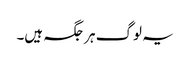
یہ لوگ ہر جگہ ہیں۔